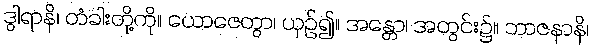
ဒွါရာနိ၊ တံခါးတို့ကို။ ယောဇေတွာ၊ ယှဉ်၍။ အန္တော၊ အတွင်း၌။ ဘာဇနာနိ၊